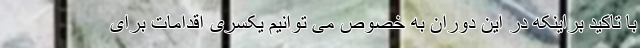
با تاکید براینکه در این دوران به خصوص می توانیم یکسری اقدامات برای